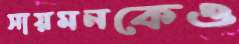
সায়মনকেও